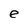
Character: e